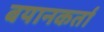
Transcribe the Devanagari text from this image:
बयानकर्ता